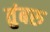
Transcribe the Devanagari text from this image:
तुंबरु